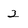
Character: 2